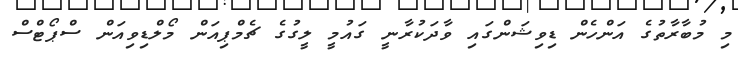
މި މުބާރާތުގެ އަންހެން ޑިވިޝަންގައި ވާދަކުރާނީ ގައުމީ ލީގުގެ ޗެމްޕިއަން މޯލްޑިވިއަން ސްޕޯޓްސް